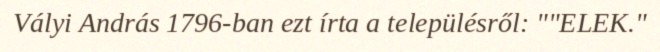
Vályi András 1796-ban ezt írta a településről: ""ELEK."